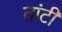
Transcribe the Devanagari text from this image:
तांटी